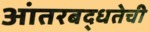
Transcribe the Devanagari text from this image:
आंतरबद्धतेची